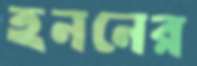
হননের